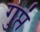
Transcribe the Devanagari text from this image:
गुप्तं